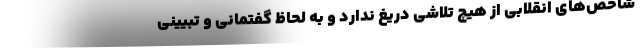
شاخص‌های انقلابی از هیچ تلاشی دریغ ندارد و به لحاظ گفتمانی و تبیینی